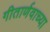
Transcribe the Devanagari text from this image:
गीतार्णवाच्या